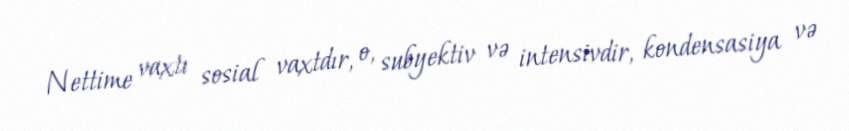
Nettime vaxtı sosial vaxtdır, o, subyektiv və intensivdir, kondensasiya və